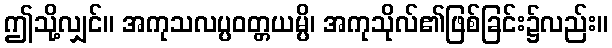
ဤသို့လျှင်။ အကုသလပ္ပဝတ္တယမ္ပိ၊ အကုသိုလ်၏ဖြစ်ခြင်း၌လည်း။